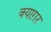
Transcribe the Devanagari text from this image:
क्याग़र